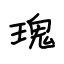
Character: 瑰